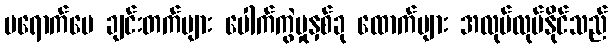
မရောက်ပေ ချင်းတက်များ ပေါက်ကွဲမှုနှစ်ခု ထောက်များ အလုပ်လုပ်နိုင်သည်